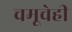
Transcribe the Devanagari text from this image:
चमूचेही